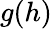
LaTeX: g(h)